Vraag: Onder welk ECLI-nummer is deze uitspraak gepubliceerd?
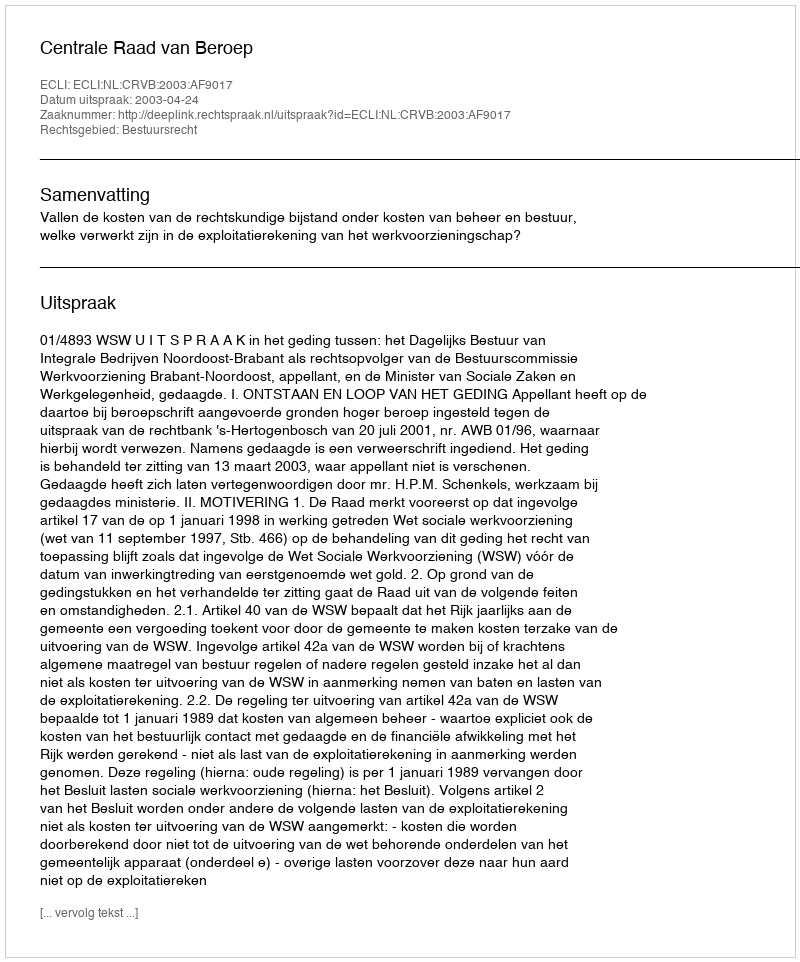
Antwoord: ECLI:NL:CRVB:2003:AF9017